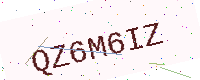
Text: QZ6M6IZ